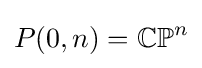
P(0,n)=\mathbb {CP} ^{n}